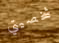
شخصيتي